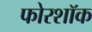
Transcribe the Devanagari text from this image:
फोरशॉक